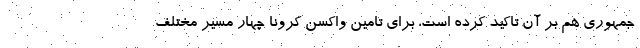
جمهوری هم بر آن تاکید کرده است، برای تامین واکسن کرونا چهار مسیر مختلف